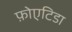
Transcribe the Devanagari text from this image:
फ़ोएटिडा